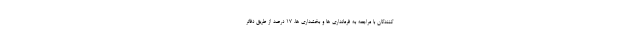
کنندگان با مراجعه به فرمانداری ها و بخشداری ها، ۱۷ درصد از طریق دفاتر